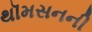
થૉમસનની